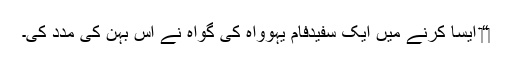
‏“‏ ایسا کرنے میں ایک سفیدفام یہوواہ کی گواہ نے اُس بہن کی مدد کی۔